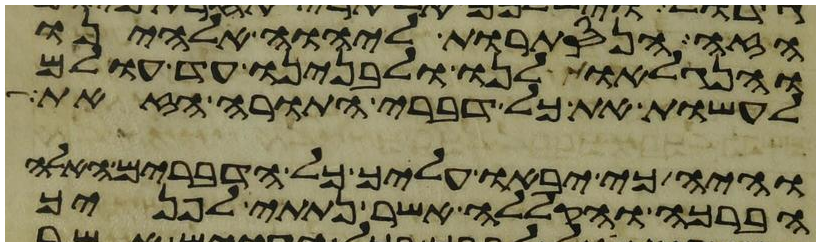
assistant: הזה הנסתרות ליהוה אלהינו
והנגלאות לנו ולבנינו עד עולם
לעשות את כל דברי התורה הזאת
והיה כי יבאו עליך כל הדברים האלה
הברכה והקללה אשר נתתי לפניך